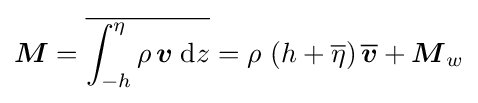
{\boldsymbol {M}}={\overline {\int _{-h}^{\eta }\rho \,{\boldsymbol {v}}\;{\text{d}}z}}=\rho \,\left(h+{\overline {\eta }}\right){\overline {\boldsymbol {v}}}+{\boldsymbol {M}}_{w}